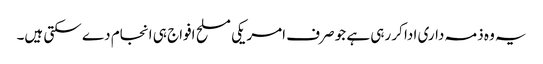
یہ وہ ذمہ داری ادا کر رہی ہے جو صرف امریکی مسلح افواج ہی انجام دے سکتی ہیں۔